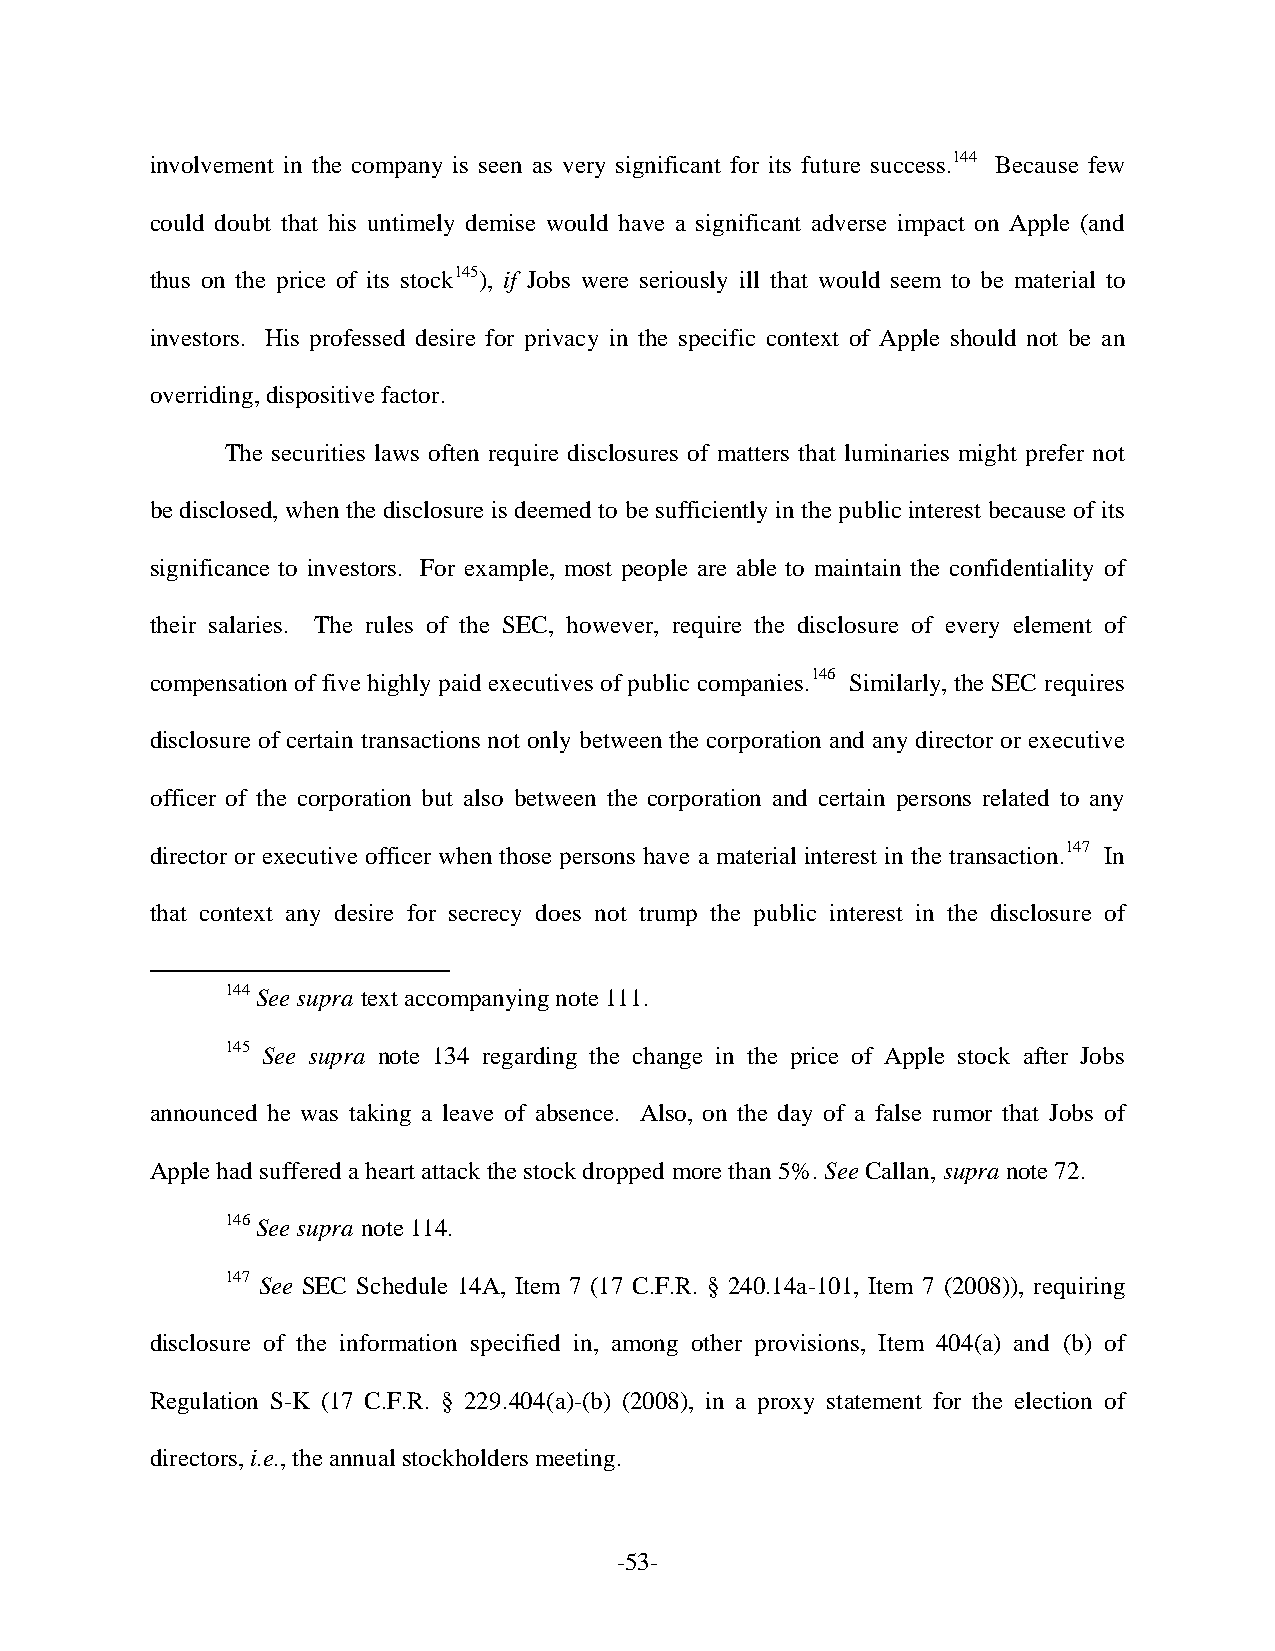
involvement in the company is seen as very significant for its future success.144 Because few
 could doubt that his untimely demise would have a significant adverse impact on Apple (and
 thus on the price of its stock145), if Jobs were seriously ill that would seem to be material to
 investors. His professed desire for privacy in the specific context of Apple should not be an
 overriding, dispositive factor.
 The securities laws often require disclosures of matters that luminaries might prefer not
 be disclosed, when the disclosure is deemed to be sufficiently in the public interest because of its
 significance to investors. For example, most people are able to maintain the confidentiality of
 their salaries. The rules of the SEC, however, require the disclosure of every element of
 compensation of five highly paid executives of public companies.146 Similarly, the SEC requires
 disclosure of certain transactions not only between the corporation and any director or executive
 officer of the corporation but also between the corporation and certain persons related to any
 director or executive officer when those persons have a material interest in the transaction.147 In
 that context any desire for secrecy does not trump the public interest in the disclosure of
 144 See supra text accompanying note 111.
 145 See supra note 134 regarding the change in the price of Apple stock after Jobs
 announced he was taking a leave of absence. Also, on the day of a false rumor that Jobs of
 Apple had suffered a heart attack the stock dropped more than 5%. See Callan, supra note 72.
 146 See supra note 114.
 147 See SEC Schedule 14A, Item 7 (17 C.F.R. § 240.14a-101, Item 7 (2008)), requiring
 disclosure of the information specified in, among other provisions, Item 404(a) and (b) of
 Regulation S-K (17 C.F.R. § 229.404(a)-(b) (2008), in a proxy statement for the election of
 directors, i.e., the annual stockholders meeting.
 -53-